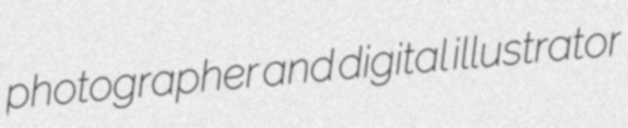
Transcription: photographer and digital illustrator